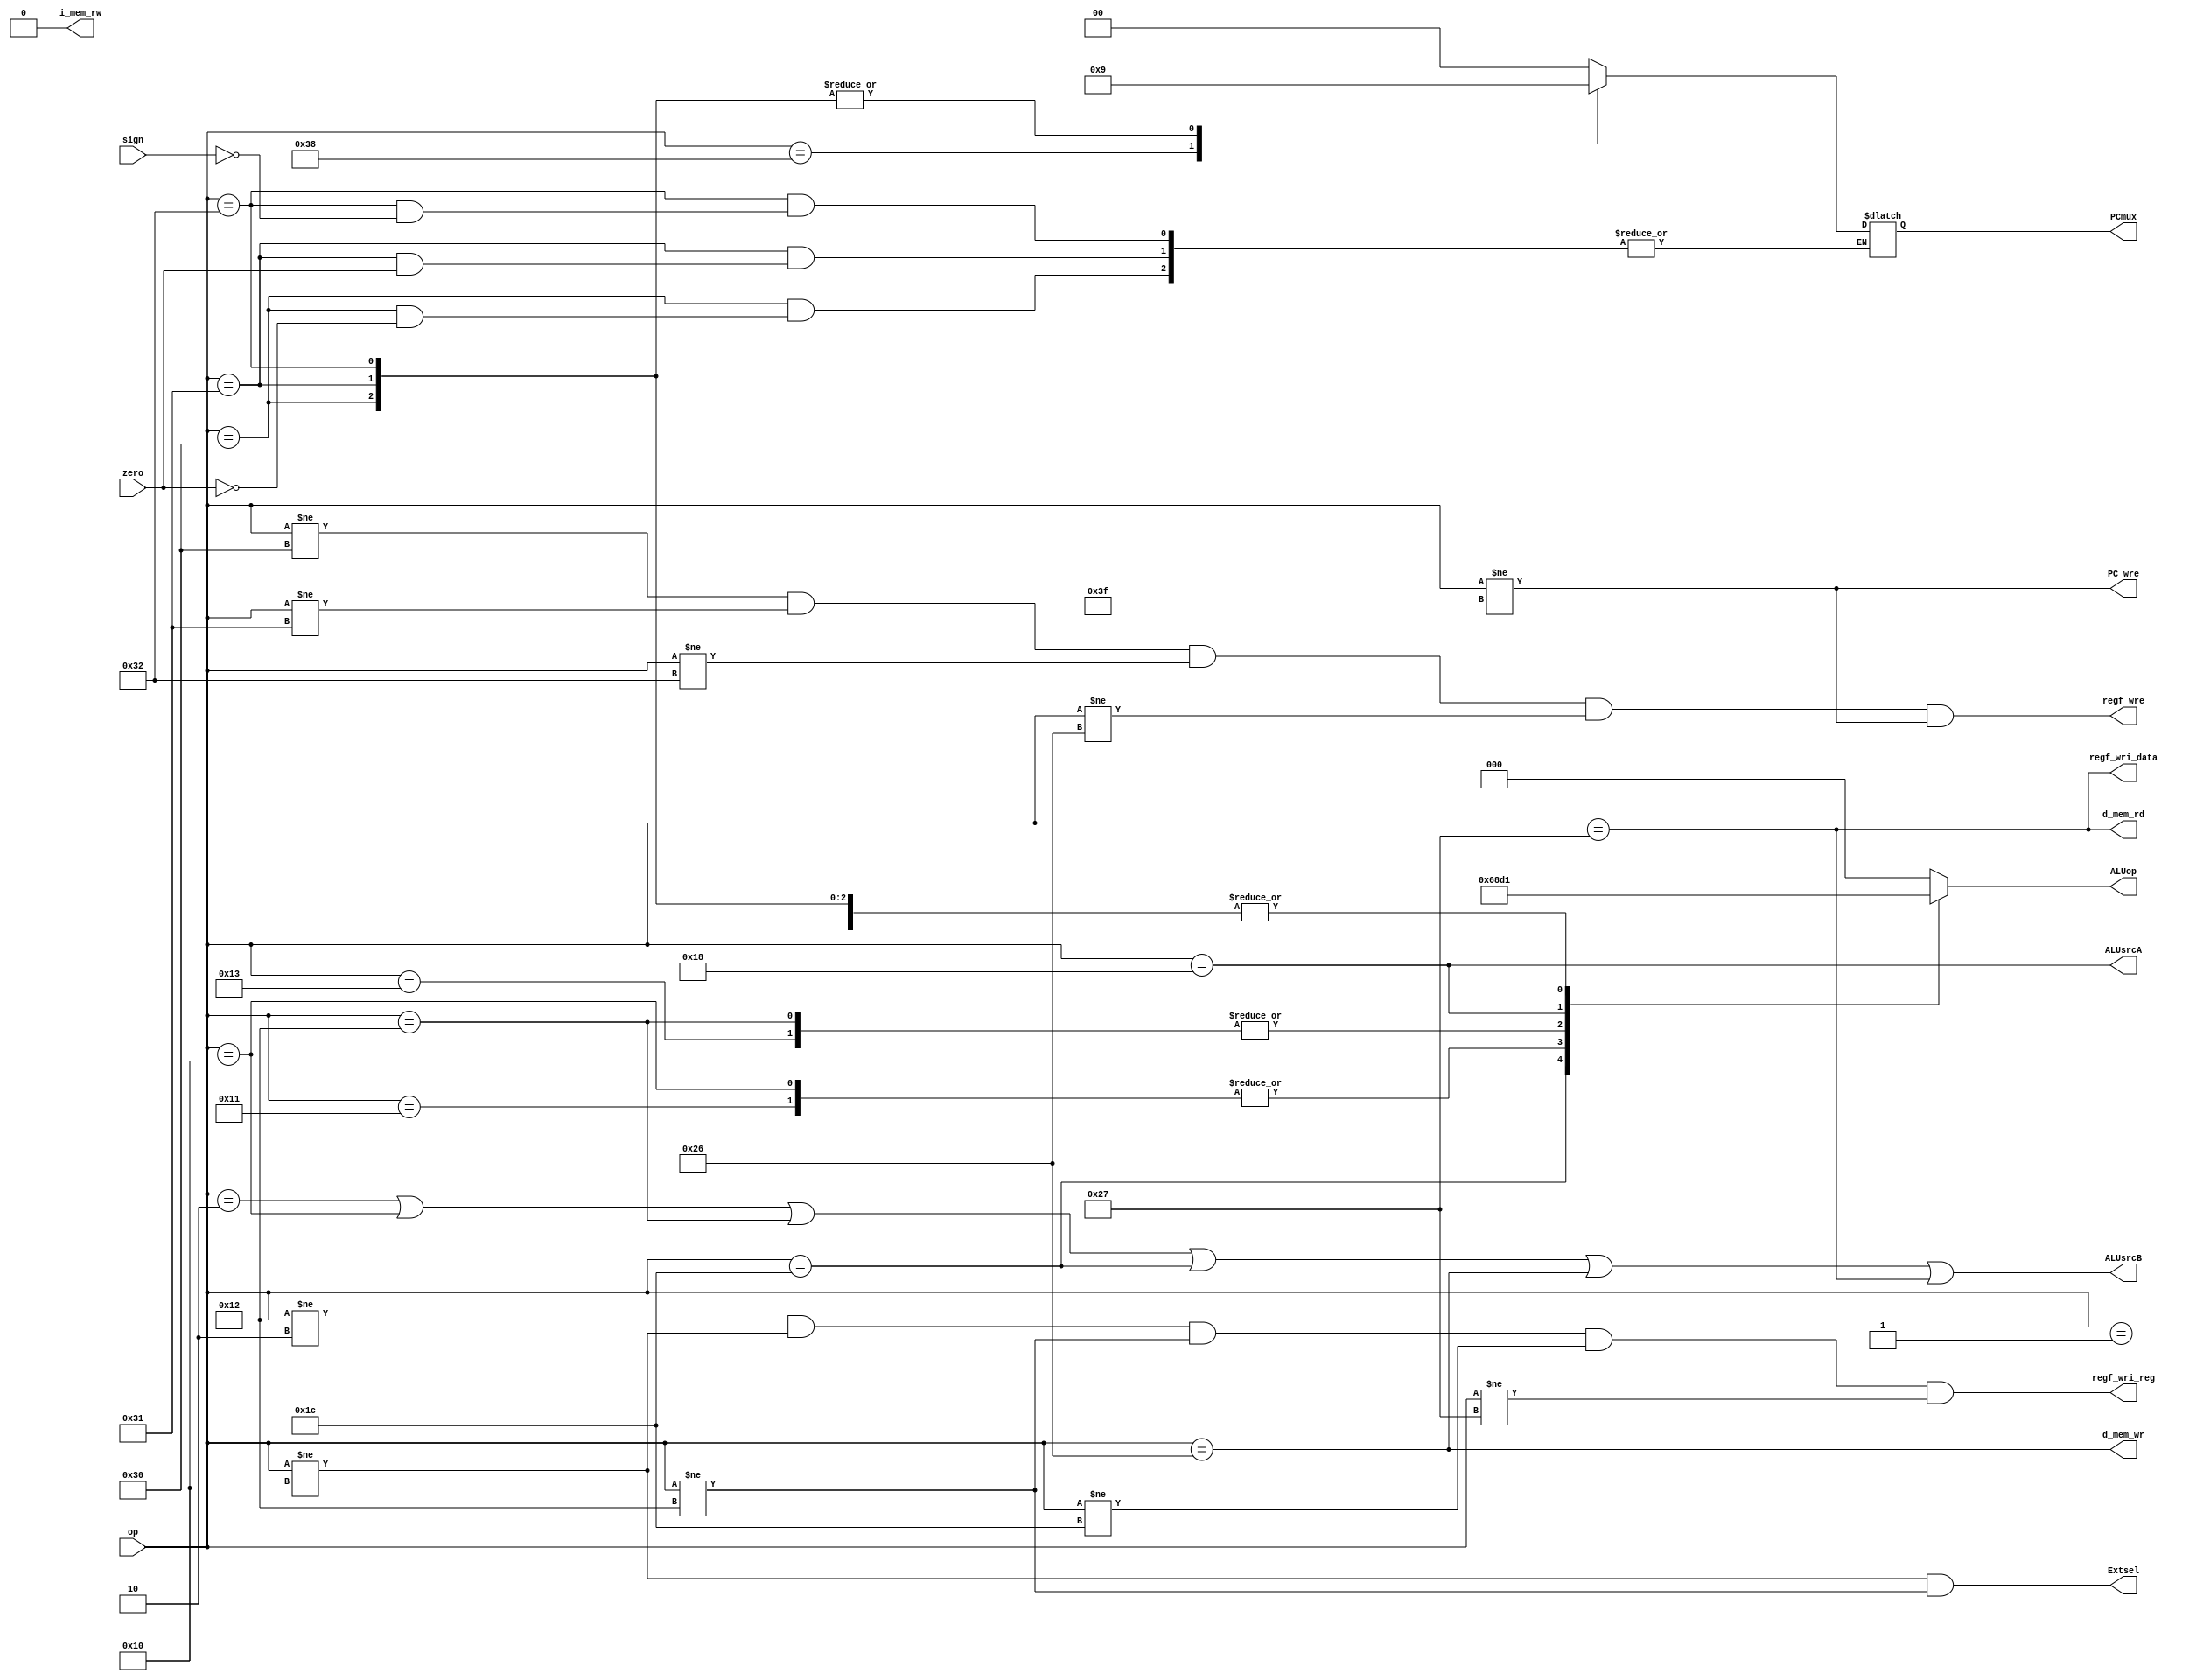
`timescale 1ns / 1ps
//////////////////////////////////////////////////////////////////////////////////
// Company: 
// Engineer: 
// 
// Design Name: 
// Module Name: ctrl_unit
// Project Name: 
// Target Devices: 
// Tool Versions: 
// Description: 
//              OP
//              1ALU///////3bit
//              2MUXPCsrcrt/rdresult/d_mem_outALUsrcaALUsrcb
//              3wr,rdrwregfileRegwre
//              4S/ZextendExtsel
//              5PCPC_wre
//              
// 
// Dependencies: 
// 
// Revision:
// Revision 0.01 - File Created
// Additional Comments:
// 
//////////////////////////////////////////////////////////////////////////////////


module ctrl_unit(
input [5:0] op,
input zero,             //zero=10
input sign,             //sign=0, 
output reg [2:0]ALUop,      //ALU/////sign/unsign/ 8
output reg [1:0]PCmux,      //PCPC+4PC+extPC+addr
output ALUsrcA,         //ALU A RegD1 or sa
output ALUsrcB,         //ALU B RegD2 or ext
output regf_wri_reg,    //rt  or  rd
output regf_wri_data,   //result  or  d_mem_out
output d_mem_wr,        //SW
output d_mem_rd,        //LW
output i_mem_rw,        //=0
output regf_wre,        //
output Extsel,          //Extsel =00zero=1(sign)
output PC_wre           //PChalt
    );

parameter ADD = 6'b000000;// rd<- rs+rt
parameter SUB = 6'b000001;// rd<- rs -rt
parameter ADDIU = 6'b000010;// rt<- rs+(s-e)imme
parameter ANDI = 6'b010000;// rt<- rs&(z-e)imme
parameter AND = 6'b010001;// rd<- rs&rt
parameter ORI = 6'b010010;// rt<- rs|(z-e)imme
parameter OR = 6'b010011;// rd<- rs|rt;
parameter SLL = 6'b011000;// rd<- rt <<(z-e)sa

parameter SLTI = 6'b011100;// if(rs<(s-e)imme) rt=1;else rt=0
parameter SW = 6'b100110;// mem[rs+(s-e)imme]<-rt
parameter LW = 6'b100111;// rt<-mem[rs+(s-e)imme]
parameter BEQ = 6'b110000;//1 if(rs=rt) pc+4+((s-e)imme<<2);else pc+4
parameter BNE = 6'b110001;//2 if(rs!=rt) pc+4+((s-e)imme<<2);else pc+4
parameter BLTZ = 6'b110010;//3 if rs<$zero:pc+4+((s-e)imme<<2);else pc+4

parameter J = 6'b111000; //

parameter HALT = 6'b111111;//

parameter _ADD = 3'b000;
parameter _SUB = 3'b001;
parameter _SLL = 3'b010;
parameter _OR = 3'b011;
parameter _AND =3'b100;
parameter _SLTU = 3'b101;
parameter _SLT = 3'b110;
parameter _XOR = 3'b111;

assign PC_wre = op!=HALT;   //ophaltPCwre=1
assign ALUsrcA = op==SLL;    //opSLLALUsrcA=1
assign ALUsrcB = op==ADDIU||op==ANDI||op==ORI||op==SLTI||op==SW||op==LW;//op=1
assign regf_wri_data = op== LW; //op
assign regf_wri_reg = op!=ADDIU && op!=ANDI && op!=ORI && op!=SLTI && op!=LW;//op(0rt1rd)
always@(*)
    case(op)
        J: PCmux = 'b10;//pc <= {(pc+4)[31:28],addr[27:2],2'b00};
        BEQ:if(zero==1) PCmux = 'b01;//pc <= pc +4 +(sign-ext)imme <<2
        BNE:if(zero==0) PCmux = 'b01;
        BLTZ:if(sign==1) PCmux = 'b01;
        default: PCmux = 'b00;
    endcase
//assign PCmux[0]=	op==J;
//assign PCmux[1]=	op==BEQ&&zero==1||op==BNE&&zero==0||op==BLTZ&&sign==1;
assign d_mem_wr = op==SW;//()rt->rs+imm
assign d_mem_rd = op==LW;//()rs+imm->rt
assign i_mem_rw = 0;//
assign regf_wre = op!=BEQ && op!=BNE && op!=BLTZ && op!=SW && op!= HALT;//
assign Extsel = op!=ANDI && op!=ORI;//=0:zero-extend,0;=1:sign-extend 
always@(*)
    case(op)
    SLTI:ALUop = _SLT;
    AND:ALUop = _AND;
    ANDI:ALUop = _AND;
    OR:ALUop = _OR;
    ORI:ALUop = _OR;
    SLL:ALUop = _SLL;
    SUB:ALUop = _SUB;
    BEQ:ALUop = _SUB;
    BNE:ALUop = _SUB;
    BLTZ:ALUop = _SUB;
    default:ALUop = _ADD;
    endcase
/*	assign ALUOp=	op==SUB||op==BNE||op==BEQ||op==BLTZ?_SUB:
					op==SLL?_SLL:
					op==ORI||op==OR?_OR:
					op==ANDI||op==AND?_AND:
					op==SLTI?_SLT:_ADD;
*/
endmodule